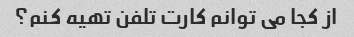
از کجا می توانم کارت تلفن تهیه کنم؟